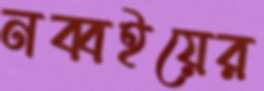
নব্বইয়ের